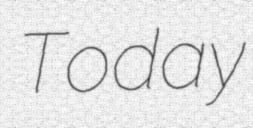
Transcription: Today